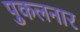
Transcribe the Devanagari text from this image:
पुकलनार